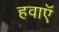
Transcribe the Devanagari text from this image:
हवाऍ